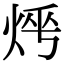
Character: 𤈰